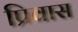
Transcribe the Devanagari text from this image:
प्रिवास